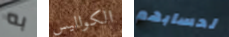
به الكواليس لحسابهم